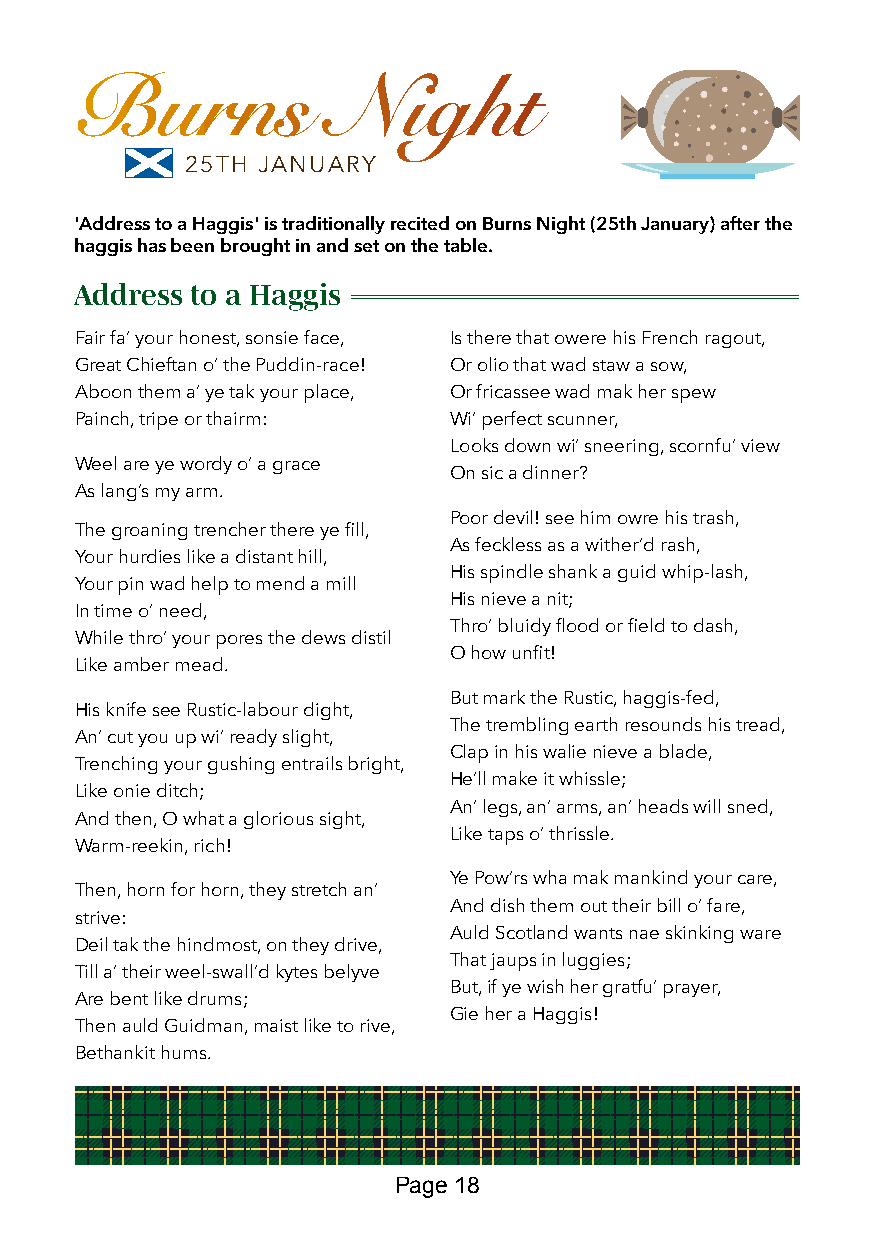
Burns            Night
 25TH JANUARY
 'Address to a Haggis' is traditionally recited on Burns Night (25th January) after the
 haggis has been brought in and set on the table.
 Address to a Haggis
 Fair fa’ your honest, sonsie face, Is there that owere his French ragout,
 Great Chieftan o’ the Puddin-race! Or olio that wad staw a sow,
 Aboon them a’ ye tak your place, Or fricassee wad mak her spew
 Painch, tripe or thairm: Wi’ perfect scunner,
 Looks down wi’ sneering, scornfu’ view
 Weel are ye wordy o’ a grace
 On sic a dinner?
 As lang’s my arm.
 Poor devil! see him owre his trash,
 The groaning trencher there ye fill,
 As feckless as a wither’d rash,
 Your hurdies like a distant hill,
 His spindle shank a guid whip-lash,
 Your pin wad help to mend a mill
 His nieve a nit;
 In time o’ need,
 Thro’ bluidy flood or field to dash,
 While thro’ your pores the dews distil
 O how unfit!
 Like amber mead.
 But mark the Rustic, haggis-fed,
 His knife see Rustic-labour dight,
 The trembling earth resounds his tread,
 An’ cut you up wi’ ready slight,
 Clap in his walie nieve a blade,
 Trenching your gushing entrails bright,
 He’ll make it whissle;
 Like onie ditch;
 An’ legs, an’ arms, an’ heads will sned,
 And then, O what a glorious sight,
 Like taps o’ thrissle.
 Warm-reekin, rich!
 Ye Pow’rs wha mak mankind your care,
 Then, horn for horn, they stretch an’
 And dish them out their bill o’ fare,
 strive:
 Auld Scotland wants nae skinking ware
 Deil tak the hindmost, on they drive,
 That jaups in luggies;
 Till a’ their weel-swall’d kytes belyve
 But, if ye wish her gratfu’ prayer,
 Are bent like drums;
 Gie her a Haggis!
 Then auld Guidman, maist like to rive,
 Bethankit hums.
 Page 18